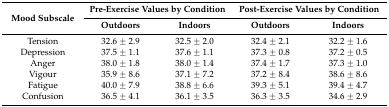
| <ROWSPAN=2> Mood Subscale | <COLSPAN=2> Pre-Exercise Values by Condition | <COLSPAN=2> Post-Exercise Values by Condition |
 | Outdoors | Indoors | Outdoors | Indoors |
 | --- | --- | --- | --- | --- |
 | Tension | 32.6 ± 2.9 | 32.5 ± 2.0 | 32.4 ± 2.1 | 32.2 ± 1.6 |
 | Depression | 37.5 ± 1.1 | 37.6 ± 1.1 | 37.3 ± 0.8 | 37.2 ± 0.5 |
 | Anger | 38.0 ± 1.8 | 38.0 ± 1.4 | 37.4 ± 1.7 | 37.3 ± 1.0 |
 | Vigour | 35.9 ± 8.6 | 37.1 ± 7.2 | 37.2 ± 8.4 | 38.6 ± 8.6 |
 | Fatigue | 40.0 ± 7.9 | 38.8 ± 6.6 | 39.3 ± 5.1 | 39.4 ± 4.7 |
 | Confusion | 36.5 ± 4.1 | 36.1 ± 3.5 | 36.3 ± 3.5 | 34.6 ± 2.9 |